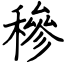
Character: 穇